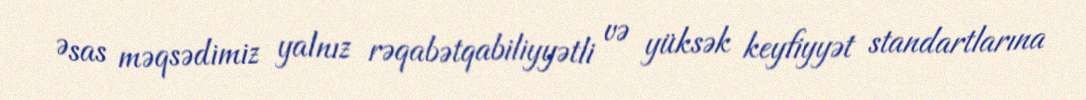
Əsas məqsədimiz yalnız rəqabətqabiliyyətli və yüksək keyfiyyət standartlarına